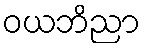
ဝယဘိညာ